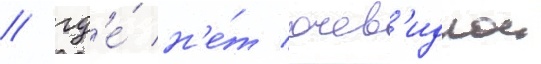
/ гд'е́ н'е́т очев'иднои